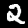
Label: 2